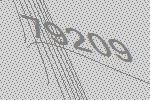
79209